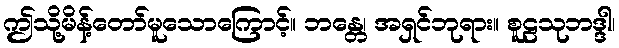
ဤသို့မိန့်တော်မူသောကြောင့်။ ဘန္တေ၊ အရှင်ဘုရား။ စူဠသုဘဒ္ဒါ၊